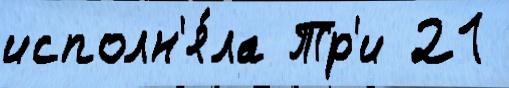
исполн'я́ла Тр'и 21